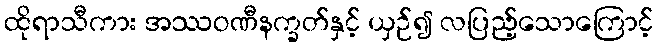
ထိုရာသီကား အဿဝဏီနက္ခတ်နှင့် ယှဉ်၍ လပြည့်သောကြောင့်